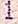
1